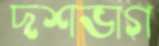
দশভাগ